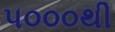
૫૦૦૦થી